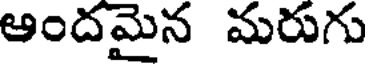
ఆందమైన మరుగు